Civil Veterinary Dept. Assam report 1911-1927 - 1911-1927
Year: 1911
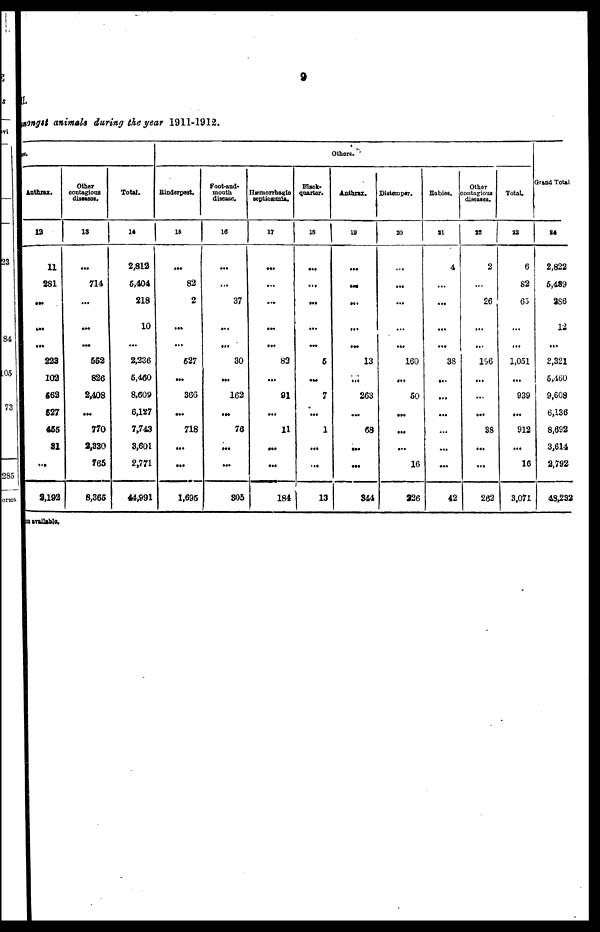
9
1.
ongst animals during the year 1911-1912.
II.
Anthrax.
13
11
281
...
...
...
223
102
662
627
455
31
...
9,192
Other
contagious
diseases.
13
...
714
...
...
...
S52
826
2,408
...
770
2,330
765
8,365
Total.
14
2,812
5,404
218
10
...
2,236
6,460
8,609
6,127
7,743
3,601
2,771
44,991
Rinderpest.
16
...
82
2
...
...
627
...
366
...
718
...
...
1,695
Foot-and-
mouth
disease.
16
...
...
37
...
...
30
...
162
...
76
...
...
305
Hæmonhaglo
Septicæmla.
17
...
...
...
...
...
83
...
91
...
11
...
...
184
Black-
quarter.
18
...
...
...
...
...
5
...
7
...
1
...
...
13
Others.
Anthrax.
19
...
...
...
...
...
13
...
263
...
68
...
...
344
Distemper.
20
...
...
...
...
....
160
...
60
...
...
...
16
226
Babies.
31
4
...
...
...
...
38
...
...
...
...
...
...
42
Other
Contagious
diseases.
22
2
...
26
...
...
196
...
...
...
98
...
...
262
Total
33
6
82
63
...
...
1,051
...
939
...
912
...
16
3,071
Grand Total
84
2,822
5,489
258
12
...
2,321
5,460
9,608
6,136
8,692
3,614
2,792
43,232
available.